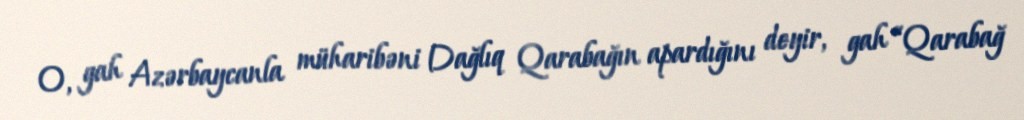
O, gah Azərbaycanla müharibəni Dağlıq Qarabağın apardığını deyir, gah “Qarabağ